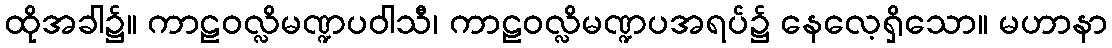
ထိုအခါ၌။ ကာဠဝလ္လိမဏ္ဍပဝါသီ၊ ကာဠဝလ္လိမဏ္ဍပအရပ်၌ နေလေ့ရှိသော။ မဟာနာ